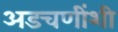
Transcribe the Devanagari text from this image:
अडचणींशी